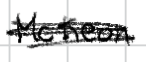
Text: McKeon
Cross-out: scratch
Writing tool: digital_black